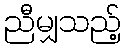
ညီမျှသည့်